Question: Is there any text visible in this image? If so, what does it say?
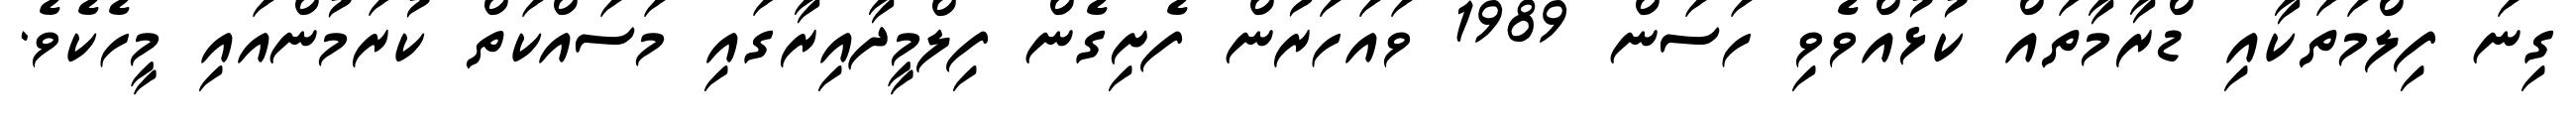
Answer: ގިނަ ފިލްމަތަކާއި ޑްރާމާތައް ކުޅުއްވެވި ހަސަން 1989 ވައަހަރުން ފެށިގެން ފިލްމީދާއިރާގައި މަސައްކަތް ކުރަމުންއައި މީހެކެވެ.